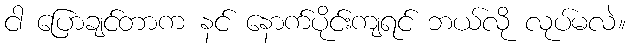
ငါ ပြောချင်တာက နင် နောက်ပိုင်းကျရင် ဘယ်လို လုပ်မလဲ။